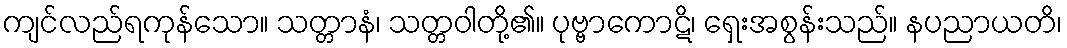
ကျင်လည်ရကုန်သော။ သတ္တာနံ၊ သတ္တဝါတို့၏။ ပုဗ္ဗာကောဋိ၊ ရှေးအစွန်းသည်။ နပညာယတိ၊